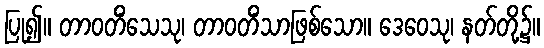
ပြု၍။ တာဝတိံသေသု၊ တာဝတိံသာဖြစ်သော။ ဒေဝေသု၊ နတ်တို့၌။